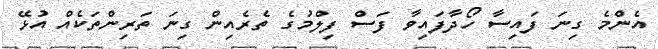
އެންމެ ގިނަ ފައިސާ ހޯދާފައިވާ ފަސް ފިލްމުގެ ތެރެއިން ގިނަ ތަރިންތަކެއް އުޅޭ